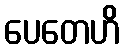
ပေတေဟိ